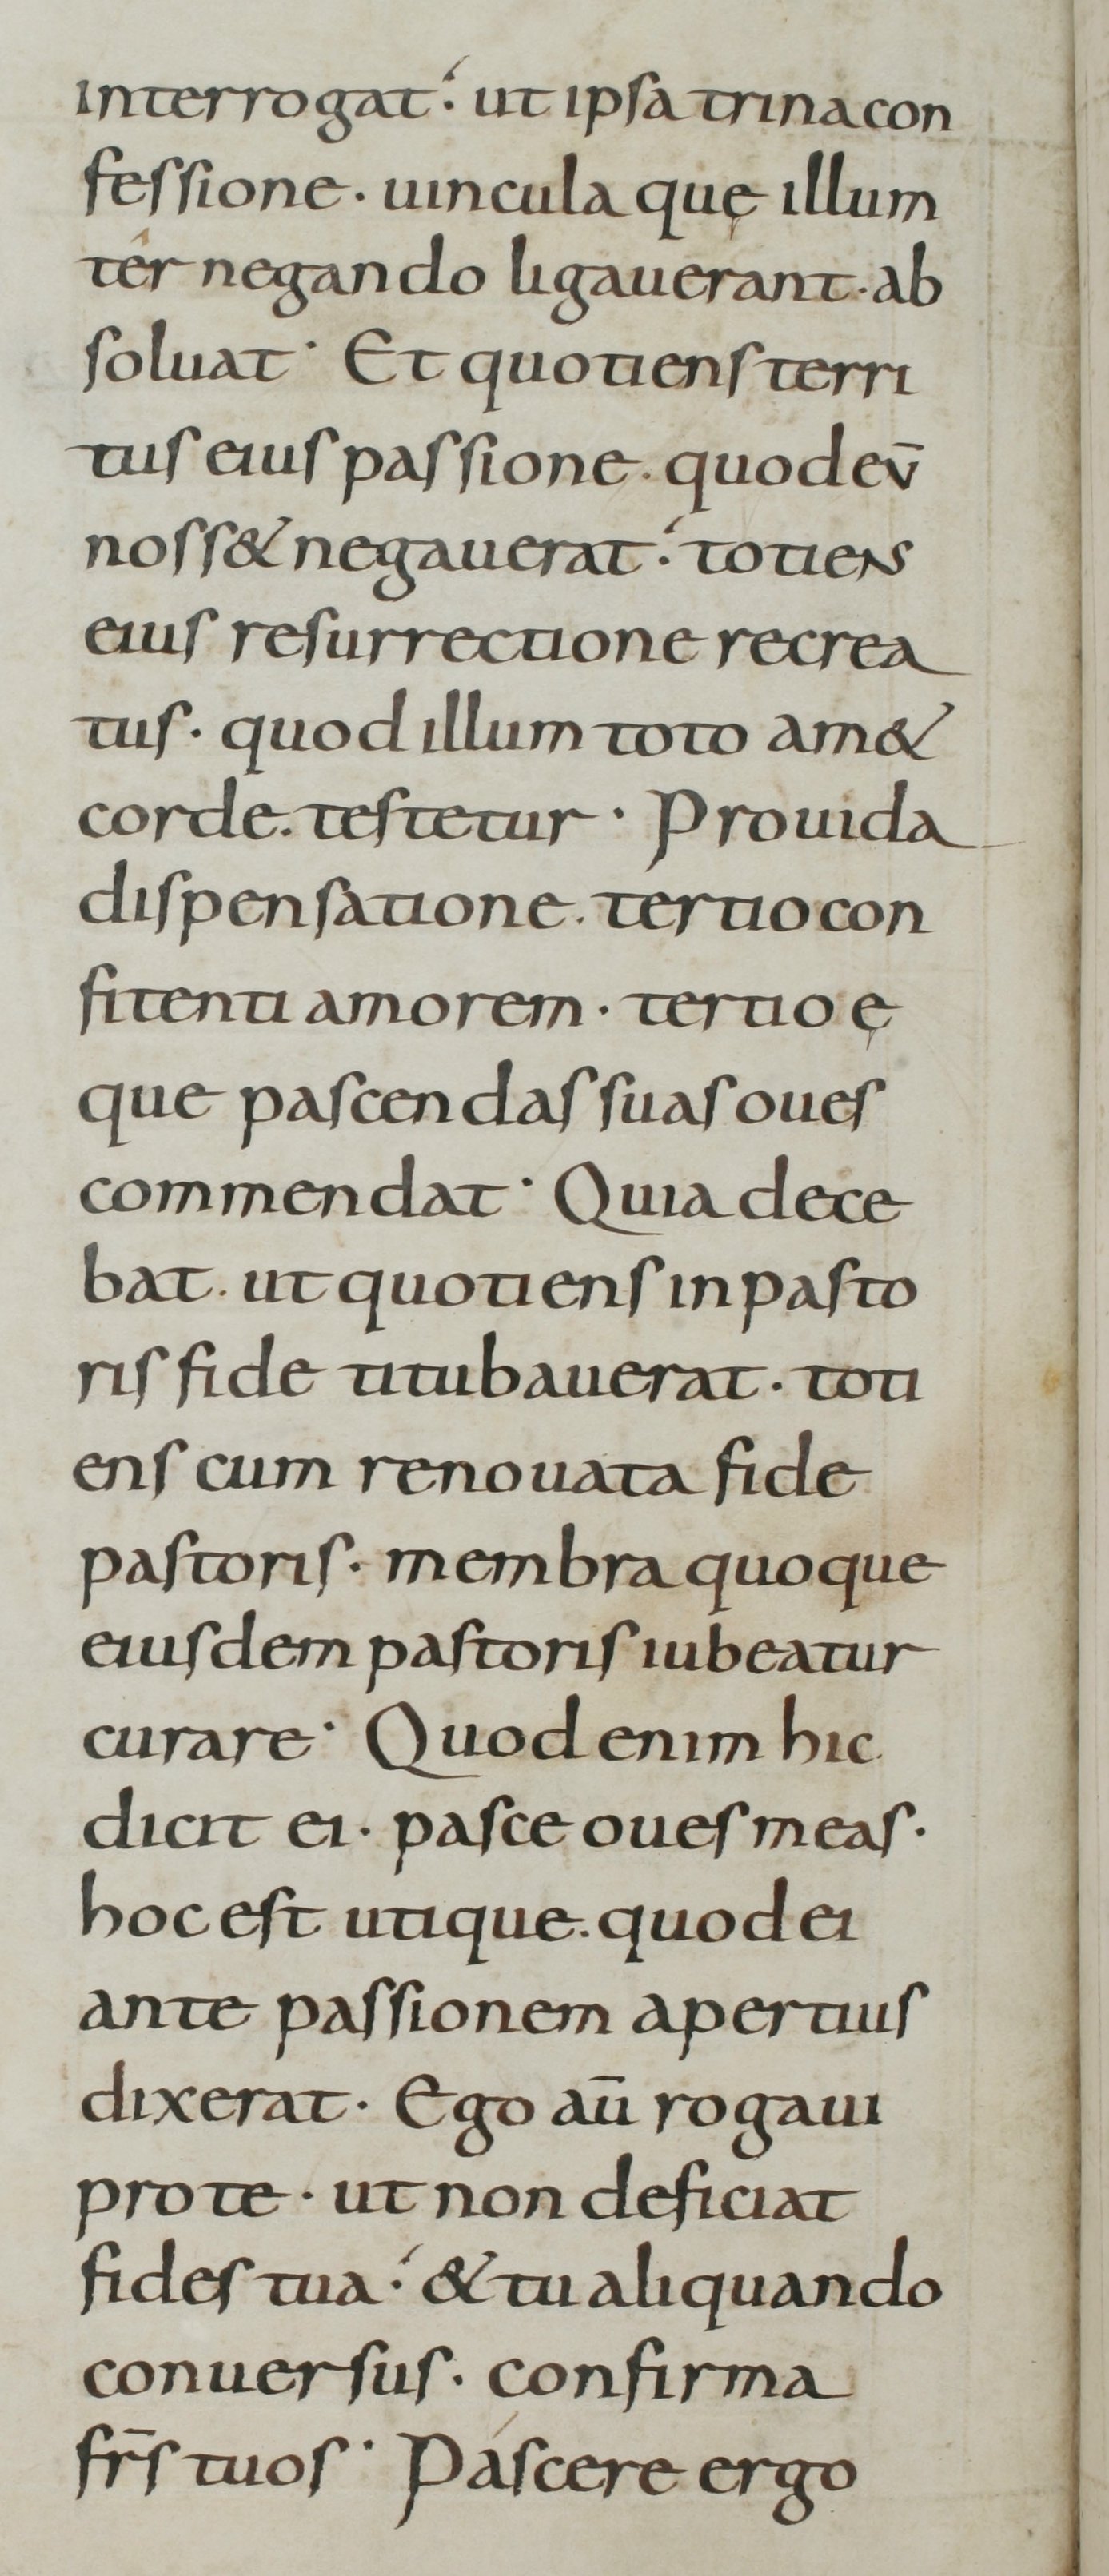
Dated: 800–899